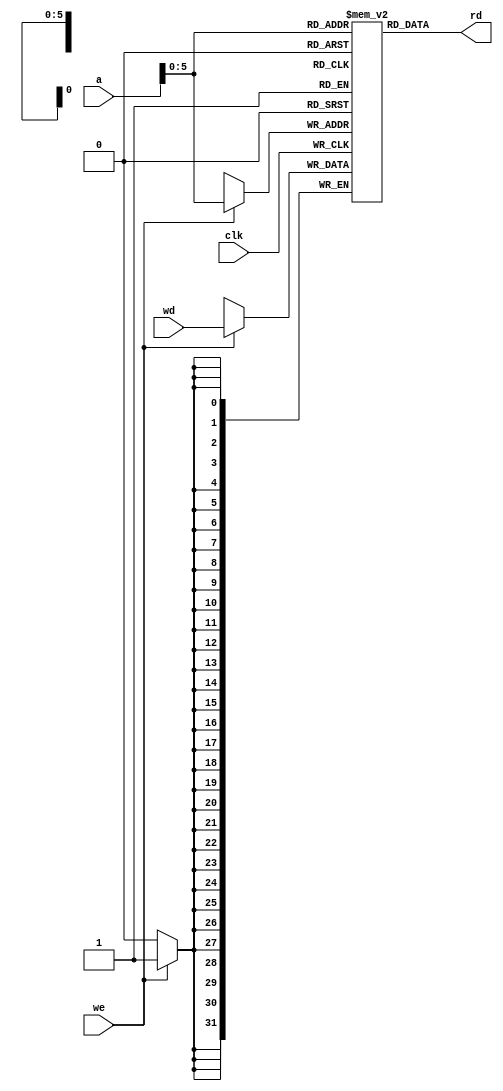
`timescale 1ns / 1ps

module data_memory(clk, we, a, wd, rd);

input wire clk, we;
input wire [31:0] a, wd;
output reg [31:0] rd;

reg [31:0] RAM [63:0];

// Read ports
always @*
begin
    rd = RAM[a];
end

always @(posedge clk)
begin
    if (we) 
        //RAM[a[31:2]] <= wd;
        RAM[a] <= wd;
end

initial
    begin
//        RAM[0]  = 32'h00000000;
//        RAM[1]  = 32'h00000001;
//        RAM[2]  = 32'h00000002;
//        RAM[3]  = 32'h00000000;
        RAM[32]  = 32'h0000000A;
    end

endmodule